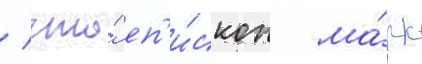
/ что́ еп'и́скоп ма́рк